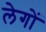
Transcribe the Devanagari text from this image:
लेगों